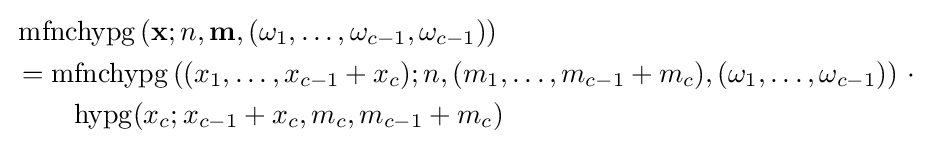
{\begin{aligned}&{}\operatorname {mfnchypg} \left(\mathbf {x} ;n,\mathbf {m} ,(\omega _{1},\ldots ,\omega _{c-1},\omega _{c-1})\right)\\&{}=\operatorname {mfnchypg} \left((x_{1},\ldots ,x_{c-1}+x_{c});n,(m_{1},\ldots ,m_{c-1}+m_{c}),(\omega _{1},\ldots ,\omega _{c-1})\right)\,\cdot \\&\qquad \operatorname {hypg} (x_{c};x_{c-1}+x_{c},m_{c},m_{c-1}+m_{c})\end{aligned}}